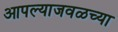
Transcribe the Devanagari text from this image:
आपल्याजवळच्या